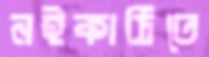
নইকাঠিতে